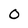
Character: 0